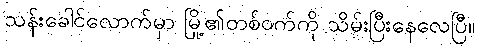
သန်းခေါင်လောက်မှာ မြို့၏တစ်ဝက်ကို သိမ်းပြီးနေလေပြီ။